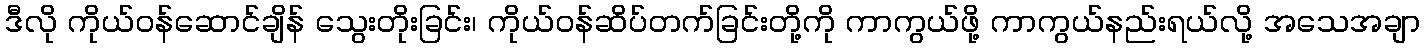
ဒီလို ကိုယ်ဝန်ဆောင်ချိန် သွေးတိုးခြင်း၊ ကိုယ်ဝန်ဆိပ်တက်ခြင်းတို့ကို ကာကွယ်ဖို့ ကာကွယ်နည်းရယ်လို့ အသေအချာ